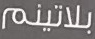
بلاتينم